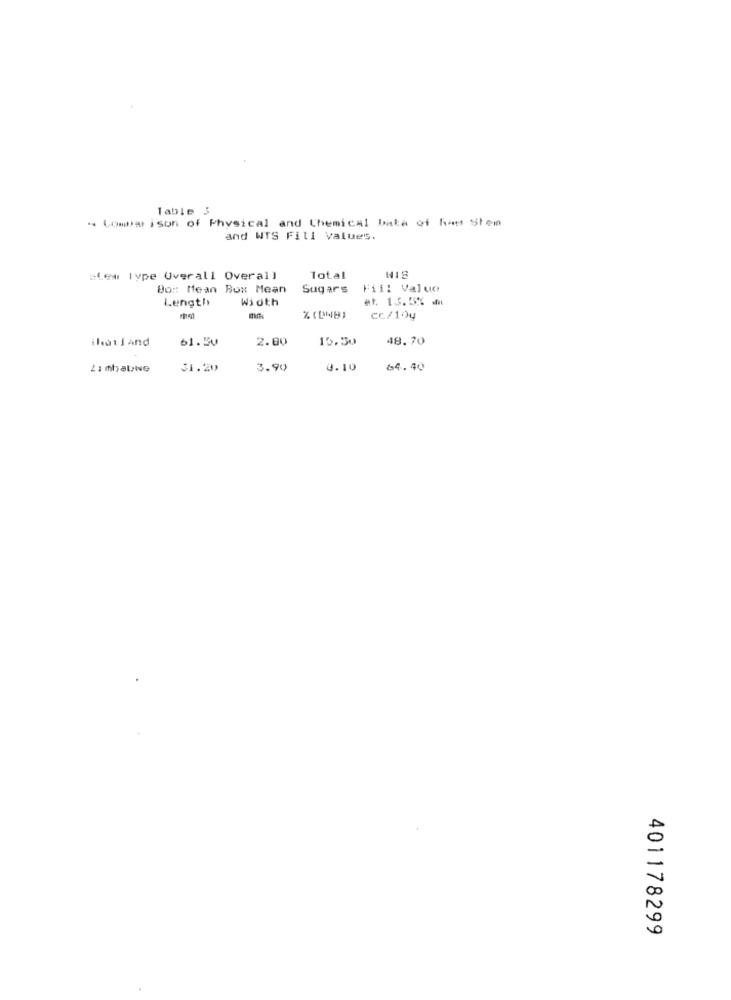
Table 3
- Comparison of Physical and Chemical bata of hau Stem
and WTS Fill Values.
"tes lype Overall Overall
Total
Do :: Mean Box Mean
Sugars
Fiil Value
Length
Width
at. 1.3.55% au
cc/104
thailand
61.50
2.00
15.50
48.70
Zimbabwe
31.20
3.90
4.10
64.40
401178299